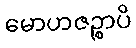
မောဟဇဉ္စာပိ